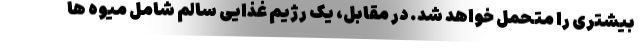
بیشتری را متحمل خواهد شد. در مقابل، یک رژیم غذایی سالم شامل میوه ها